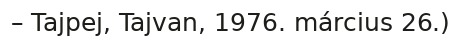
– Tajpej, Tajvan, 1976. március 26.)